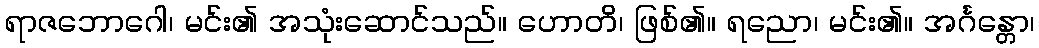
ရာဇဘောဂေါ၊ မင်း၏ အသုံးဆောင်သည်။ ဟောတိ၊ ဖြစ်၏။ ရညော၊ မင်း၏။ အင်္ဂန္တော၊